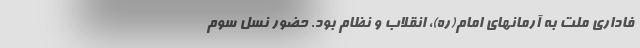
فاداری ملت به آرمانهای امام(ره)، انقلاب و نظام بود. حضور نسل سوم